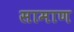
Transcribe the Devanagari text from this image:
सामाण